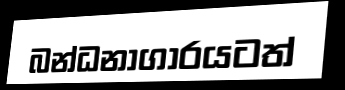
බන්ධනාගාරයටත්